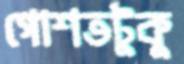
গোশতটুকু